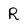
Character: R